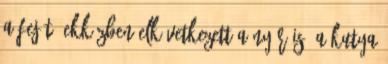
a fejét. Ekközben elkövetkezett a nyár is. A kutya